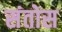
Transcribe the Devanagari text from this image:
संतोस